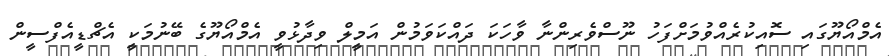
އެމްއޯޔޫގައި ސޮއިކުރެއްވުމަށްފަހު ނޫސްވެރިންނާ ވާހަކަ ދައްކަވަމުން އަމީލް ވިދާޅުވީ އެމްއޯޔޫގެ ބޭނުމަކީ އެޗްޑީއެފްސީން